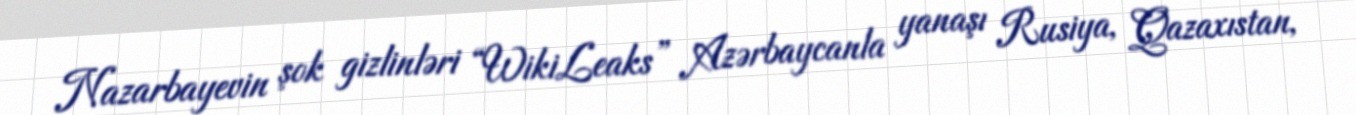
Nazarbayevin şok gizlinləri “WikiLeaks” Azərbaycanla yanaşı Rusiya, Qazaxıstan,